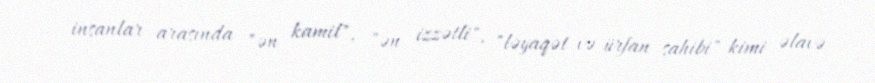
insanlar arasında "ən kamil", "ən izzətli", "ləyaqət və ürfan sahibi" kimi əlavə